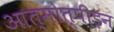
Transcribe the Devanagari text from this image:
आत्मोत्पीड़न